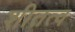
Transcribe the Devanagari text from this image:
शीतत्व